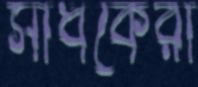
সাধকেরা